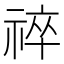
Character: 祽